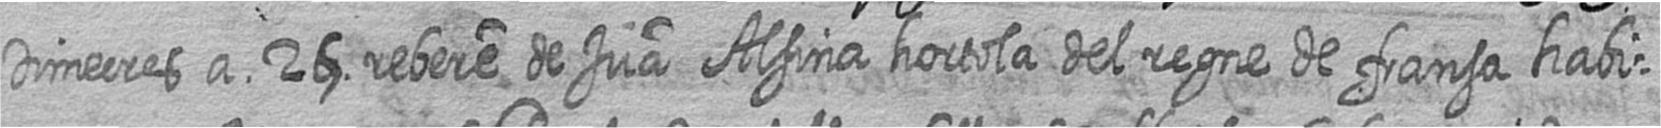
Dimecres a 25 rebere de Jua Alsina hortola del regne de fransa habi=